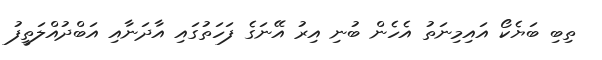
ތިބި ބަޔެކޯ އައިމިނަތު އެހެން ބުނި އިރު އޭނަގެ ފަހަތުގައި އާދަނާއި އަބްދުއްލަތީފު